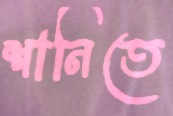
শানিতে